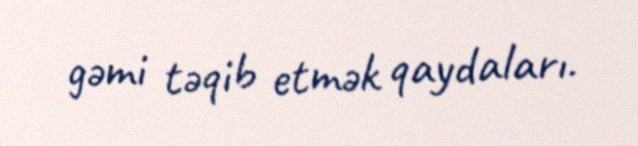
gəmi təqib etmək qaydaları.